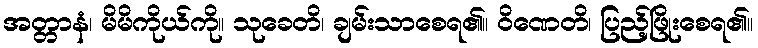
အတ္တာနံ၊ မိမိကိုယ်ကို။ သုခေတိ၊ ချမ်းသာစေရ၏။ ဝိဏေတိ၊ ပြည့်ဖြိုးစေရ၏။